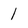
Character: 1